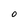
Character: 0